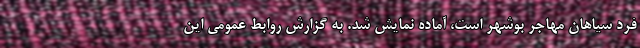
فرد سیاهان مهاجر بوشهر است، آماده نمایش شد. به گزارش روابط عمومی این